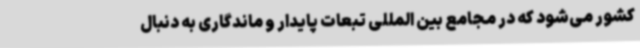
کشور می‌شود که در مجامع بین المللی تبعات پایدار و ماندگاری به دنبال